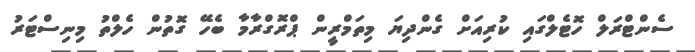
ސެންޓްރަލް ހޮޓެލްގައި ކުރިއަށް ގެންދިޔަ މިތަމްރީން ޕްރޮގްރާމާ ބެހޭ ގޮތުން ހެލްތު މިނިސްޓަރު